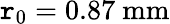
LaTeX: \mathtt{r}_{0}=0.87~\mathrm{{mm}}